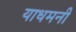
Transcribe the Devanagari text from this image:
याधमनी